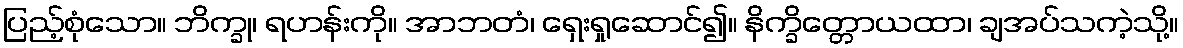
ပြည့်စုံသော။ ဘိက္ခု၊ ရဟန်းကို။ အာဘတံ၊ ရှေးရှုဆောင်၍။ နိက္ခိတ္တောယထာ၊ ချအပ်သကဲ့သို့။